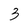
Character: 3